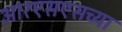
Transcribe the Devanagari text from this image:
आरएसएसच्या